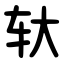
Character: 轪